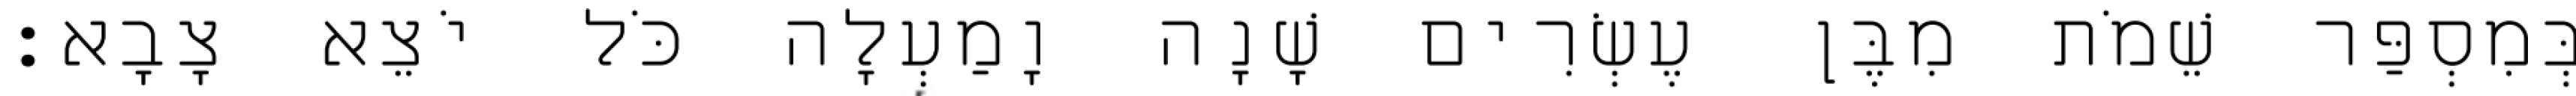
בְּמִסְפַּר שֵׁמֹת מִבֶּן עֶשְׂרִים שָׁנָה וָמַעְלָה כֹּל יֹצֵא צָבָא׃